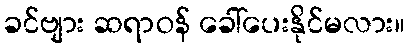
ခင်ဗျား ဆရာဝန် ခေါ်ပေးနိုင်မလား။